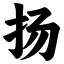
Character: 扬